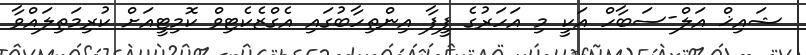
ޝައިޚް އަލް-ސަބާހް އަކީ މި އަހަރުގެ ފީފާ އިންތިހާބުގައި އެގްޒެކެޓިވް ކޮމިޓީއަށް ކުރިމަތިލައްވާ